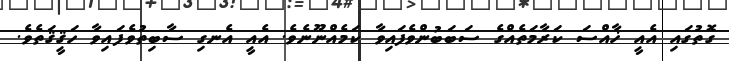
ގޮތުގައި އެއީ ޚާއްސަ ކަރާމަތެއްގެ ސަބަބުންވެފައިވާ ކަމެއްނޫނެވެ. އެއީ އެނގި ސާބިތުވެފައިވާ ހަޤީޤަތެވެ.